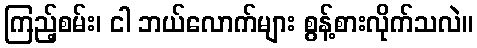
ကြည့်စမ်း၊ ငါ ဘယ်လောက်များ စွန့်စားလိုက်သလဲ။